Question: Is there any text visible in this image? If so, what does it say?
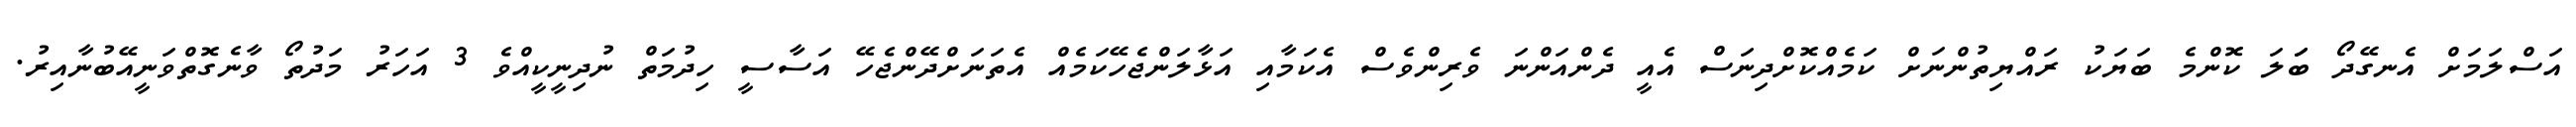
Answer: އަސްލަމަށް އެނގޭދޯ ބަަލަ ކޮންމެ ބަޔަކު ރައްޔިތުންނަށް ކަމެއްކޮށްދިނަސް އެއީ ދެންއަންނަ ވެރިންވެސް އެކަމާއި އަޅާލަންޖެހޭކަމެއް އެތަނަށްދޭންޖެހޭ އަސާސީ ހިދުމަތް ނުދިނީކީއްވެ 3 އަހަރު މަދުތޯ ވާނެގޮތްވަނީއޭބުނާއިރު.